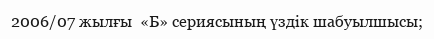
2006/07 жылғы  «Б» сериясының үздік шабуылшысы;